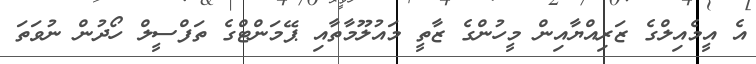
އެ އީމެއިލްގެ ޒަރިއްޔާއިން މީހުންގެ ޒާތީ މައުލޫމާތާއި ޕޭމަންޓްގެ ތަފްސީލް ހޯދުން ނުވަތަ